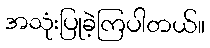
အသုံးပြုခဲ့ကြပါတယ်။